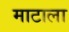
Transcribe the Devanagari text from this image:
माटाला